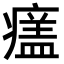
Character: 𤹺